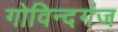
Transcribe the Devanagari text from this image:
गोविन्‍दगंज